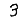
Digit: 3